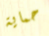
حماية